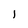
Character: 1